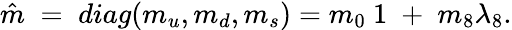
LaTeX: \hat{m}\; =\; diag(m_{u},m_{d},m_{s})=m_{0}{\mathrm{\mathbf~1}}\; +\; m_{8}\lambda_{8}.